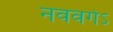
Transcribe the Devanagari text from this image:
नववर्गेऽ